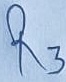
Text: R3